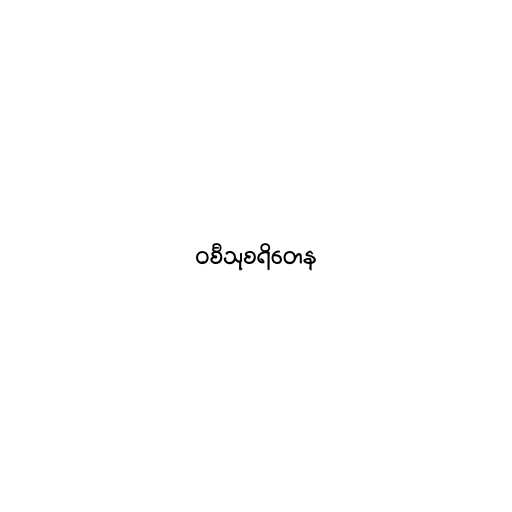
ဝစီသုစရိတေန